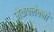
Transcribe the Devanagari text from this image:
मेकफ्लेक्नो